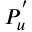
P _ { u } ^ { ' }